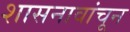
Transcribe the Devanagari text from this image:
शासनावांचून